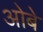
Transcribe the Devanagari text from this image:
ओबे